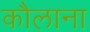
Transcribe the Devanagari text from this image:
कौलाना